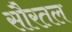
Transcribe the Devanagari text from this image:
सौरतल